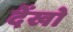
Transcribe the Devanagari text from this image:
देंखो